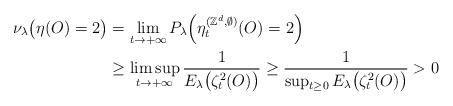
LaTeX: \begin{align*}\nu_\lambda\big(\eta(O)=2\big)&=\lim_{t\rightarrow+\infty}P_\lambda\Big(\eta_t^{(\mathbb{Z}^d,\emptyset)}(O)=2\Big)\\&\geq\limsup_{t\rightarrow+\infty}\frac{1}{E_\lambda\big(\zeta_t^2(O)\big)}\geq \frac{1}{\sup_{t\geq 0}E_\lambda\big(\zeta_t^2(O)\big)}>0\end{align*}